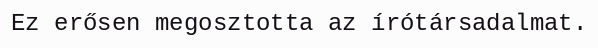
Ez erősen megosztotta az írótársadalmat.